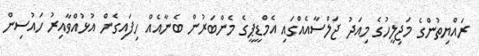
ރައްޔިތުންގެ މަޖިލީހުގެ މިއަދު ޖަލްސާއެއްގައި އެމްޑީޕީގެ މެންބަރުން ބެނާއެއް ހިފައިގެން އުޅުއްވާއިރު ހައުސިން